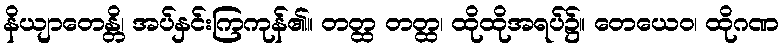
နိယျာတေန္တိ၊ အပ်နှင်းကြကုန်၏။ တတ္ထ တတ္ထ၊ ထိုထိုအရပ်၌။ တေယေဝ၊ ထိုဂဏ